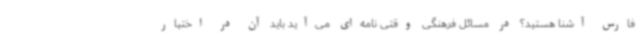
فارس آشنا هستید؟ در مسائل فرهنگی وقتی نامه‌ای می‌آید باید آن در اختیار